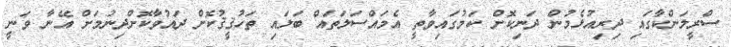
ސްރީލަންކާގައި ދިރިއުޅެމުން ދަނިކޮށް ކަމުގައިވާތީ އެމައްސަލަތައް ބަލައި ތަހުޤީޤުކޮށް ދައުވާކޮށްދިނުމަށް އޭނާ ވަނީ